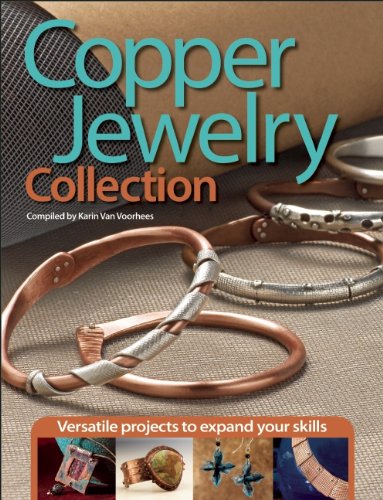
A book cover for Copper Jewelry Collection: Versatile Projects to Expand Your Skills; Crafts, Hobbies & Home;